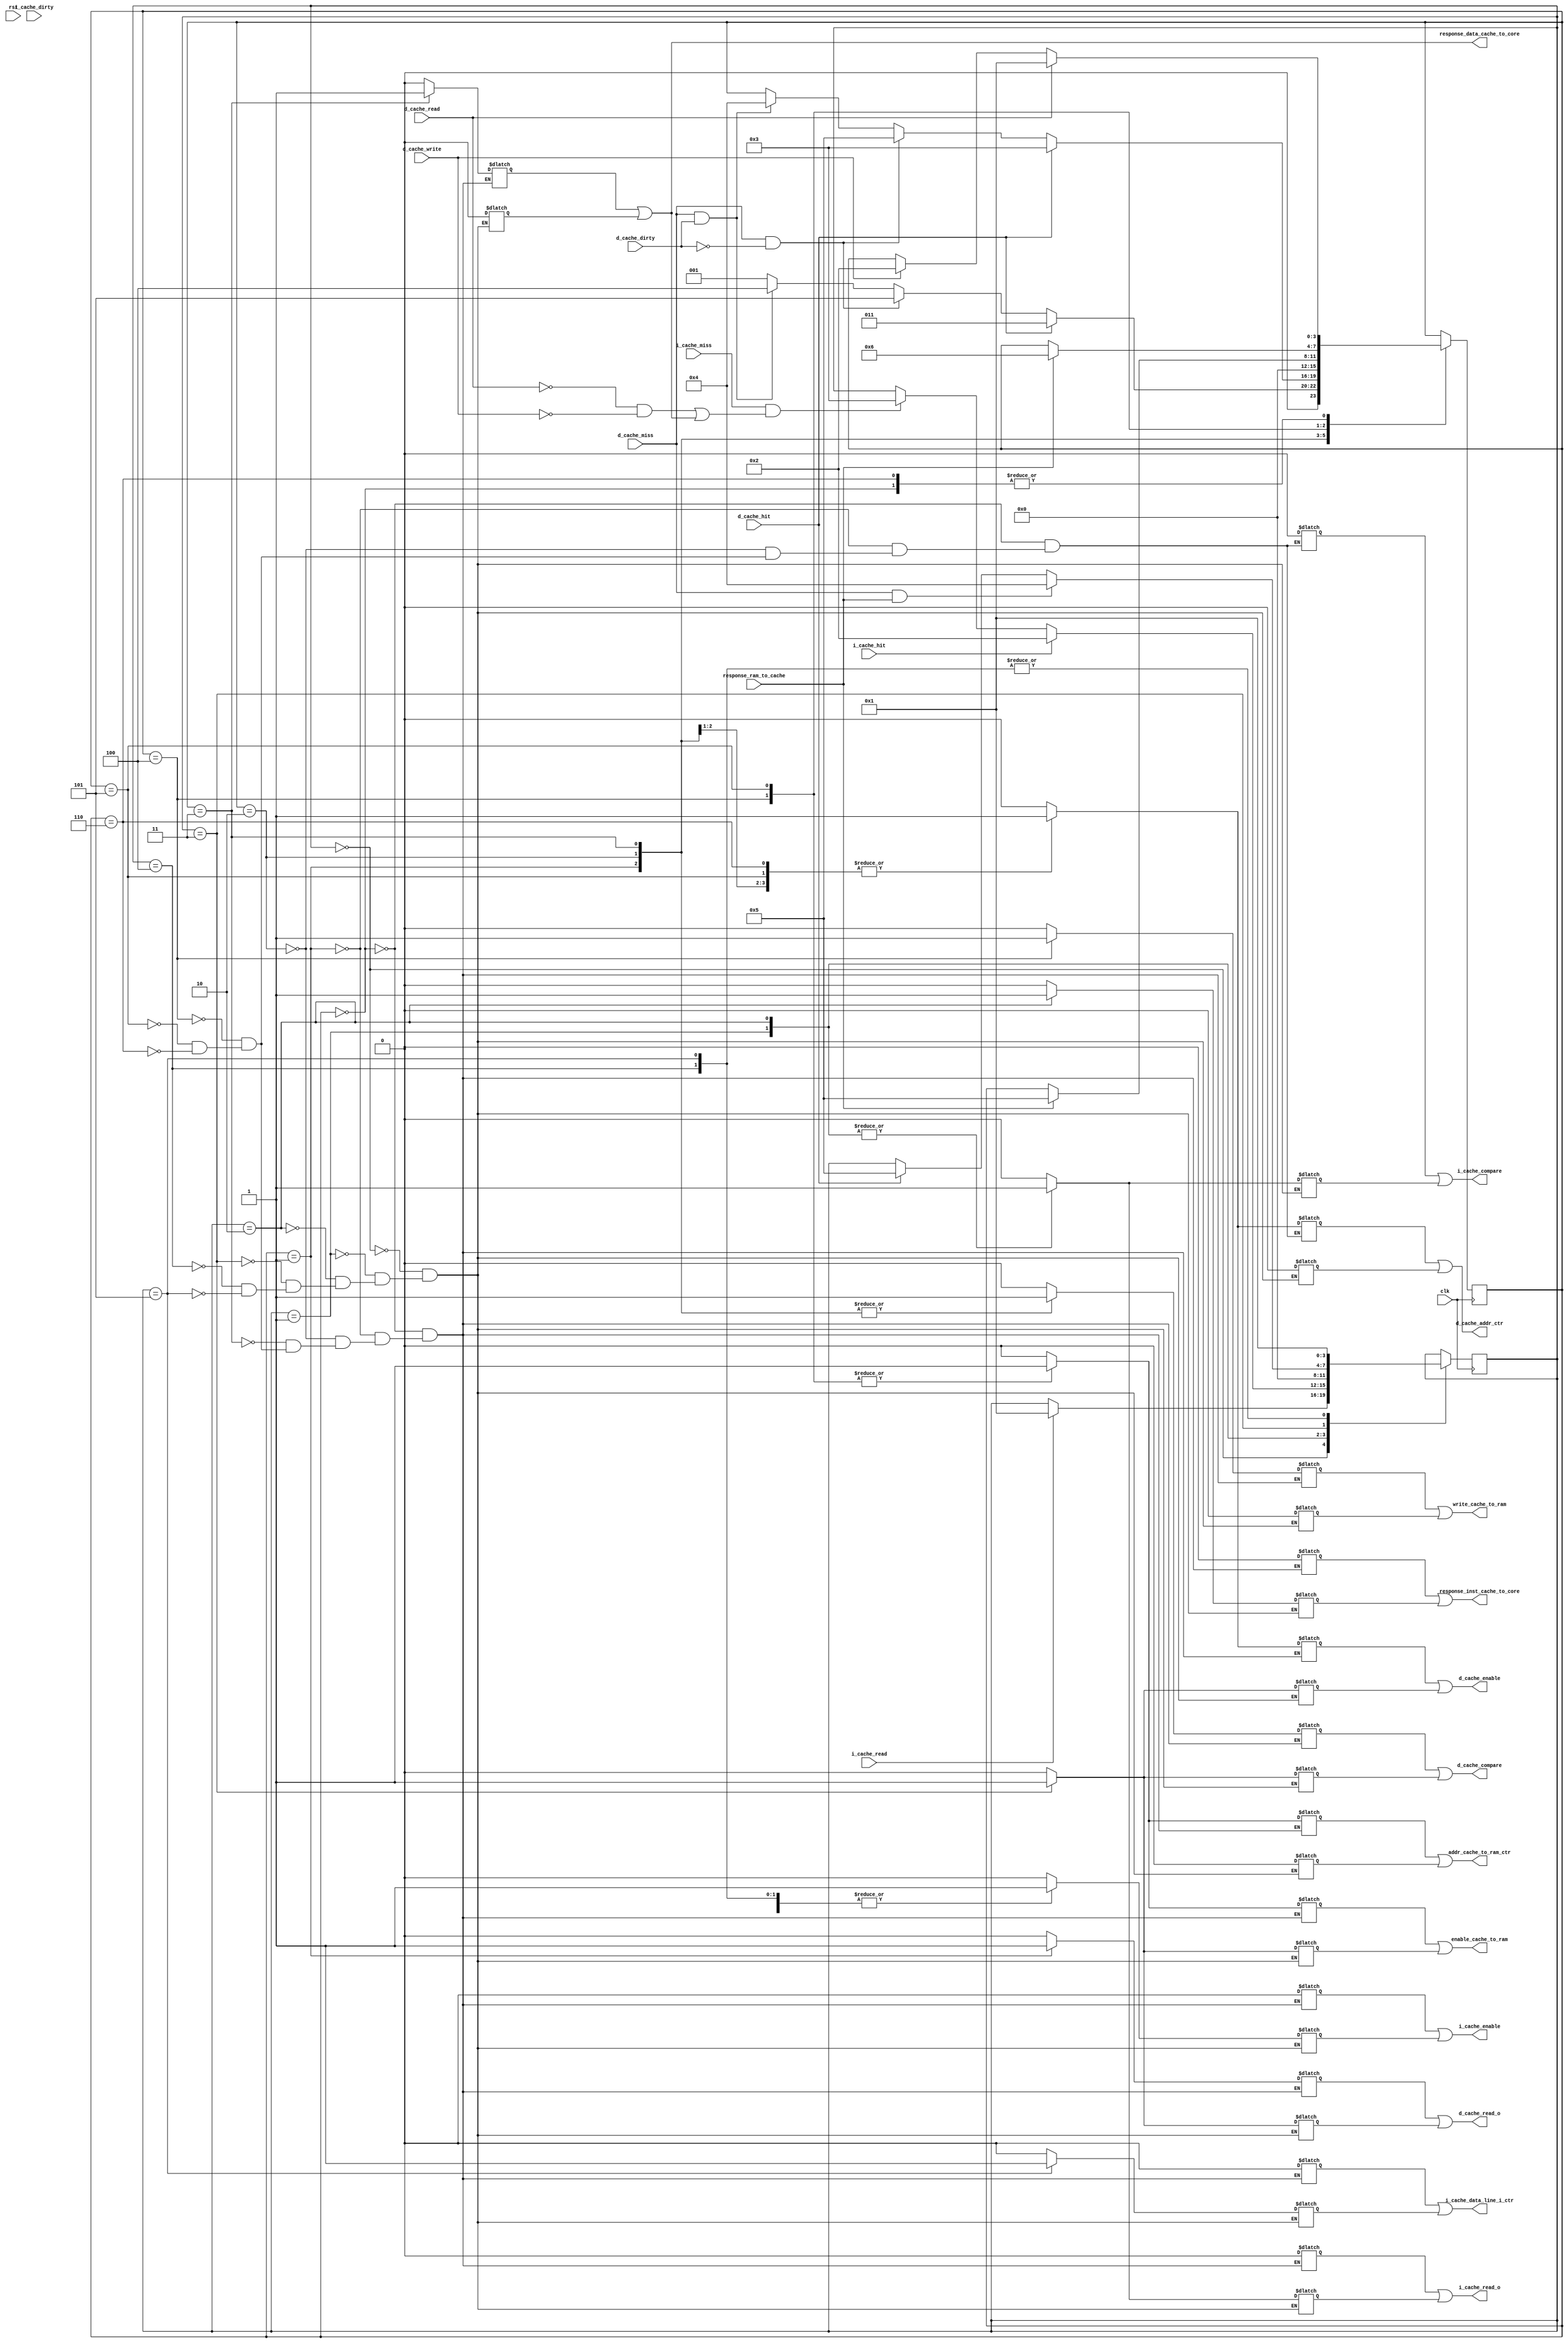
module cache_control(
	//Input
	clk, rst, d_cache_read, d_cache_write, i_cache_read, response_ram_to_cache,
	d_cache_miss, d_cache_dirty, d_cache_hit, i_cache_miss, i_cache_dirty, i_cache_hit,

	//Output
	i_cache_enable, i_cache_compare, i_cache_read_o, i_cache_data_line_i_ctr,
	d_cache_enable, d_cache_compare, d_cache_read_o, d_cache_addr_ctr,
	addr_cache_to_ram_ctr, enable_cache_to_ram, write_cache_to_ram, response_inst_cache_to_core, response_data_cache_to_core
	);
	input	clk;
	input	rst;
	input	d_cache_read;
	input	d_cache_write;
	input	i_cache_read;
	input	response_ram_to_cache;

	input	d_cache_miss;
	input	d_cache_dirty;
	input	d_cache_hit;
	input	i_cache_miss;
	input 	i_cache_dirty;
	input	i_cache_hit;

	output reg 	i_cache_enable;
	output reg 	i_cache_compare;
	output reg 	i_cache_read_o;
	output reg	i_cache_data_line_i_ctr;
	output reg	d_cache_enable;
	output reg	d_cache_compare;
	output reg	d_cache_read_o;
	output reg	d_cache_addr_ctr;

	output reg	addr_cache_to_ram_ctr;
	output reg	enable_cache_to_ram;
	output reg	write_cache_to_ram;
	output reg	response_inst_cache_to_core;
	output reg	response_data_cache_to_core;
		

	reg 	i_cache_enable0, i_cache_compare0, i_cache_read0, i_cache_data_line_i_ctr0, d_cache_enable0;
	reg	    d_cache_compare0, d_cache_read0, d_cache_addr_ctr0, addr_cache_to_ram_ctr0, enable_cache_to_ram0;
	reg	    write_cache_to_ram0, response_inst_cache_to_core0, response_data_cache_to_core0;

	reg 	i_cache_enable1, i_cache_compare1, i_cache_read1, i_cache_data_line_i_ctr1, d_cache_enable1;
	reg	    d_cache_compare1, d_cache_read1, d_cache_addr_ctr1, addr_cache_to_ram_ctr1, enable_cache_to_ram1;
	reg	    write_cache_to_ram1, response_inst_cache_to_core1, response_data_cache_to_core1;

	reg[3:0] state0;
	reg[3:0] state1;

	initial begin
		state0 = 0;
		state1 = 0;
	end
	/*
	assign i_cache_enable				=	i_cache_enable0				| 	i_cache_enable1;
	assign i_cache_compare 				=	i_cache_compare0 			|	i_cache_compare1;
	assign i_cache_read_o				=	i_cache_read0 				|	i_cache_read1;
	assign i_cache_data_line_i_ctr		=	i_cache_data_line_i_ctr0	|	i_cache_data_line_i_ctr1;
	assign d_cache_enable				=	d_cache_enable0				|	d_cache_enable1;
	assign d_cache_compare				=	d_cache_compare0			|	d_cache_compare1;
	assign d_cache_read_o				=	d_cache_read0				|	d_cache_read1;
	assign d_cache_addr_ctr				=	d_cache_addr_ctr0 			|	d_cache_addr_ctr1;
	assign addr_cache_to_ram_ctr		=	addr_cache_to_ram_ctr0		|	addr_cache_to_ram_ctr1;
	assign enable_cache_to_ram			=	enable_cache_to_ram0		|	enable_cache_to_ram1;
	assign write_cache_to_ram			=	write_cache_to_ram0			|	write_cache_to_ram1;
	assign response_inst_cache_to_core	=	response_inst_cache_to_core0|	response_inst_cache_to_core1;
	assign response_data_cache_to_core	=	response_data_cache_to_core0|	response_data_cache_to_core1;
	*/


	always@(posedge clk) begin
		case(state0)
			0: begin
				if(d_cache_read == 1'b1)
					state0	<=	1;
				else if(d_cache_write == 1'b1)
					state0 	<= 	2;
			end
			1: begin
				if(d_cache_hit == 1'b1)
					state0	<=	3;
				else if(d_cache_miss == 1'b1 && d_cache_dirty == 1'b0)
					state0	<=	5;
				else if(d_cache_miss == 1'b1 && d_cache_dirty == 1'b1)
					state0	<=	4;
				else
				    state0	<=	1;
			end
			2: begin
				if(d_cache_hit == 1'b1)
					state0	<=	3;
				else if(d_cache_miss == 1'b1 && d_cache_dirty == 1'b0)
					state0 	<=	5;
				else if(d_cache_miss == 1'b1 && d_cache_dirty == 1'b1)
					state0 	<=	4;
			end
			3: begin
				state0	<=	0;
			end
			4: begin
				if(response_ram_to_cache == 1'b1)
					state0 	<=	5;
			end
			5: begin
				if(response_ram_to_cache == 1'b1)
					state0 	<=	6;
			end
			6: begin
				if(d_cache_read == 1'b1)
					state0	<=	1;
				else if(d_cache_write == 1'b1)
					state0	<=	2;
			end
		endcase
		case(state1)
			0: begin
				if(i_cache_read == 1'b1)
					state1	<=	1;
			end
			1: begin
				if(i_cache_hit == 1'b1)
					state1	<=	2;
				else if(i_cache_miss == 1'b1 &&(d_cache_read == 1'b0 && d_cache_write == 1'b0 || response_data_cache_to_core == 1'b1))
					state1	<=	3;
			end
			2: begin
				state1	<=	0;
			end
			3: begin
				if(d_cache_miss == 1'b1 && response_ram_to_cache == 1'b1)
					state1	<=	4;
				else if(d_cache_hit == 1)
					state1	<=	5;
			end
			4: begin
				state1	<=	1;
			end
			5: begin
				state1	<=	1;
			end
		endcase
	end

	always@(*) begin
		i_cache_enable				<=	i_cache_enable0				| 	i_cache_enable1;
	 	i_cache_compare 			<=	i_cache_compare0 			|	i_cache_compare1;
	 	i_cache_read_o				<=	i_cache_read0 				|	i_cache_read1;
	 	i_cache_data_line_i_ctr		<=	i_cache_data_line_i_ctr0	|	i_cache_data_line_i_ctr1;
		d_cache_enable				<=	d_cache_enable0				|	d_cache_enable1;
		d_cache_compare				<=	d_cache_compare0			|	d_cache_compare1;
		d_cache_read_o				<=	d_cache_read0				|	d_cache_read1;
		d_cache_addr_ctr			<=	d_cache_addr_ctr0 			|	d_cache_addr_ctr1;
		addr_cache_to_ram_ctr		<=	addr_cache_to_ram_ctr0		|	addr_cache_to_ram_ctr1;
		enable_cache_to_ram			<=	enable_cache_to_ram0		|	enable_cache_to_ram1;
		write_cache_to_ram			<=	write_cache_to_ram0			|	write_cache_to_ram1;
		response_inst_cache_to_core	<=	response_inst_cache_to_core0|	response_inst_cache_to_core1;
		response_data_cache_to_core	<=	response_data_cache_to_core0|	response_data_cache_to_core1;
	end

	always@(state0 or state1) begin
		case(state0)
			0: begin
				i_cache_enable0 			<=	0;
				i_cache_compare0 			<=	0;
				i_cache_read0				<=	0;
				i_cache_data_line_i_ctr0 	<=	0;
				d_cache_enable0				<=	0;
				d_cache_compare0			<=	0;
				d_cache_read0				<=	0;
				d_cache_addr_ctr0			<=	0;
				addr_cache_to_ram_ctr0		<=	0;
				enable_cache_to_ram0		<=	0;
				write_cache_to_ram0			<=	0;
				response_inst_cache_to_core0<=	0;
				response_data_cache_to_core0<=	0;
			end
			1: begin
				i_cache_enable0 			<=	0;
				i_cache_compare0 			<=	0;
				i_cache_read0				<=	0;
				i_cache_data_line_i_ctr0 	<=	0;
				d_cache_enable0				<=	1;
				d_cache_compare0			<=	1;
				d_cache_read0				<=	1;
				d_cache_addr_ctr0			<=	1;
				addr_cache_to_ram_ctr0		<=	0;
				enable_cache_to_ram0		<=	0;
				write_cache_to_ram0			<=	0;
				response_inst_cache_to_core0<=	0;
				response_data_cache_to_core0<=	0;
			end
			2: begin
				i_cache_enable0 			<=	0;
				i_cache_compare0 			<=	0;
				i_cache_read0				<=	0;
				i_cache_data_line_i_ctr0 	<=	0;
				d_cache_enable0				<=	1;
				d_cache_compare0			<=	1;
				d_cache_read0				<=	0;
				d_cache_addr_ctr0			<=	1;
				addr_cache_to_ram_ctr0		<=	0;
				enable_cache_to_ram0		<=	0;
				write_cache_to_ram0			<=	0;
				response_inst_cache_to_core0<=	0;
				response_data_cache_to_core0<=	0;
			end
			3: begin
				i_cache_enable0 			<=	0;
				//i_cache_compare0 			<=	0;
				i_cache_read0				<=	0;
				i_cache_data_line_i_ctr0 	<=	0;
				d_cache_enable0				<=	0;
				d_cache_compare0			<=	1;
				d_cache_read0				<=	0;
				//d_cache_addr_ctr0			<=	0;
				addr_cache_to_ram_ctr0		<=	0;
				enable_cache_to_ram0		<=	0;
				write_cache_to_ram0			<=	0;
				response_inst_cache_to_core0<=	0;
				response_data_cache_to_core0<=	1;
			end
			4: begin
				i_cache_enable0 			<=	0;
				i_cache_compare0 			<=	0;
				i_cache_read0				<=	0;
				i_cache_data_line_i_ctr0 	<=	0;
				d_cache_enable0				<=	0;
				d_cache_compare0			<=	0;
				d_cache_read0				<=	0;
				d_cache_addr_ctr0			<=	0;
				addr_cache_to_ram_ctr0		<=	1;
				enable_cache_to_ram0		<=	1;
				write_cache_to_ram0			<=	1;
				response_inst_cache_to_core0<=	0;
				response_data_cache_to_core0<=	0;
			end
			5: begin
				i_cache_enable0 			<=	0;
				i_cache_compare0 			<=	0;
				i_cache_read0				<=	0;
				i_cache_data_line_i_ctr0 	<=	0;
				d_cache_enable0				<=	1;
				d_cache_compare0			<=	0;
				d_cache_read0				<=	0;
				d_cache_addr_ctr0			<=	1;
				addr_cache_to_ram_ctr0		<=	1;
				enable_cache_to_ram0		<=	1;
				write_cache_to_ram0			<=	0;
				response_inst_cache_to_core0<=	0;
				response_data_cache_to_core0<=	0;
			end
			6: begin
				i_cache_enable0 			<=	0;
				i_cache_compare0 			<=	0;
				i_cache_read0				<=	0;
				i_cache_data_line_i_ctr0 	<=	0;
				d_cache_enable0				<=	1;
				d_cache_compare0			<=	0;
				d_cache_read0				<=	0;
				d_cache_addr_ctr0			<=	1;
				addr_cache_to_ram_ctr0		<=	0;
				enable_cache_to_ram0		<=	0;
				write_cache_to_ram0			<=	0;
				response_inst_cache_to_core0<=	0;
				response_data_cache_to_core0<=	0;
			end
	    endcase
		case(state1)
			0: begin
				i_cache_enable1 			<=	0;
				i_cache_compare1 			<=	0;
				i_cache_read1				<=	0;
				i_cache_data_line_i_ctr1 	<=	0;
				d_cache_enable1				<=	0;
				d_cache_compare1			<=	0;
				d_cache_read1				<=	0;
				d_cache_addr_ctr1			<=	0;
				addr_cache_to_ram_ctr1		<=	0;
				enable_cache_to_ram1		<=	0;
				write_cache_to_ram1			<=	0;
				response_inst_cache_to_core1<=	0;
				response_data_cache_to_core1<=	0;
			end
			1: begin
				i_cache_enable1 			<=	1;
				i_cache_compare1 			<=	1;
				i_cache_read1				<=	1;
				i_cache_data_line_i_ctr1 	<=	0;
				d_cache_enable1				<=	0;
				d_cache_compare1			<=	0;
				d_cache_read1				<=	0;
				d_cache_addr_ctr1			<=	0;
				addr_cache_to_ram_ctr1		<=	0;
				enable_cache_to_ram1		<=	0;
				write_cache_to_ram1			<=	0;
				response_inst_cache_to_core1<=	0;
				response_data_cache_to_core1<=	0;
			end
			2: begin
				i_cache_enable1 			<=	1;
				i_cache_compare1 			<=	1;
				i_cache_read1				<=	1;
				i_cache_data_line_i_ctr1 	<=	0;
				d_cache_enable1				<=	0;
				d_cache_compare1			<=	0;
				d_cache_read1				<=	0;
				d_cache_addr_ctr1			<=	0;
				addr_cache_to_ram_ctr1		<=	0;
				enable_cache_to_ram1		<=	0;
				write_cache_to_ram1			<=	0;
				response_inst_cache_to_core1<=	1;
				response_data_cache_to_core1<=	0;
			end
			3: begin
				i_cache_enable1 			<=	0;
				i_cache_compare1 			<=	0;
				i_cache_read1				<=	0;
				i_cache_data_line_i_ctr1 	<=	0;
				d_cache_enable1				<=	1;
				d_cache_compare1			<=	1;
				d_cache_read1				<=	1;
				d_cache_addr_ctr1			<=	0;
				addr_cache_to_ram_ctr1		<=	0;
				enable_cache_to_ram1		<=	1;
				write_cache_to_ram1			<=	0;
				response_inst_cache_to_core1<=	0;
				response_data_cache_to_core1<=	0;
			end
			4: begin
				i_cache_enable1 			<=	1;
				i_cache_compare1 			<=	0;
				i_cache_read1				<=	0;
				i_cache_data_line_i_ctr1 	<=	0;
				d_cache_enable1				<=	0;
				d_cache_compare1			<=	0;
				d_cache_read1				<=	0;
				d_cache_addr_ctr1			<=	0;
				addr_cache_to_ram_ctr1		<=	0;
				enable_cache_to_ram1		<=	0;
				write_cache_to_ram1			<=	0;
				response_inst_cache_to_core1<=	0;
				response_data_cache_to_core1<=	0;
			end
			5: begin
				i_cache_enable1 			<=	1;
				i_cache_compare1 			<=	0;
				i_cache_read1				<=	0;
				i_cache_data_line_i_ctr1 	<=	1;
				d_cache_enable1				<=	0;
				d_cache_compare1			<=	0;
				d_cache_read1				<=	0;
				d_cache_addr_ctr1			<=	0;
				addr_cache_to_ram_ctr1		<=	0;
				enable_cache_to_ram1		<=	0;
				write_cache_to_ram1			<=	0;
				response_inst_cache_to_core1<=	0;
				response_data_cache_to_core1<=	0;
			end
		endcase
	end




endmodule